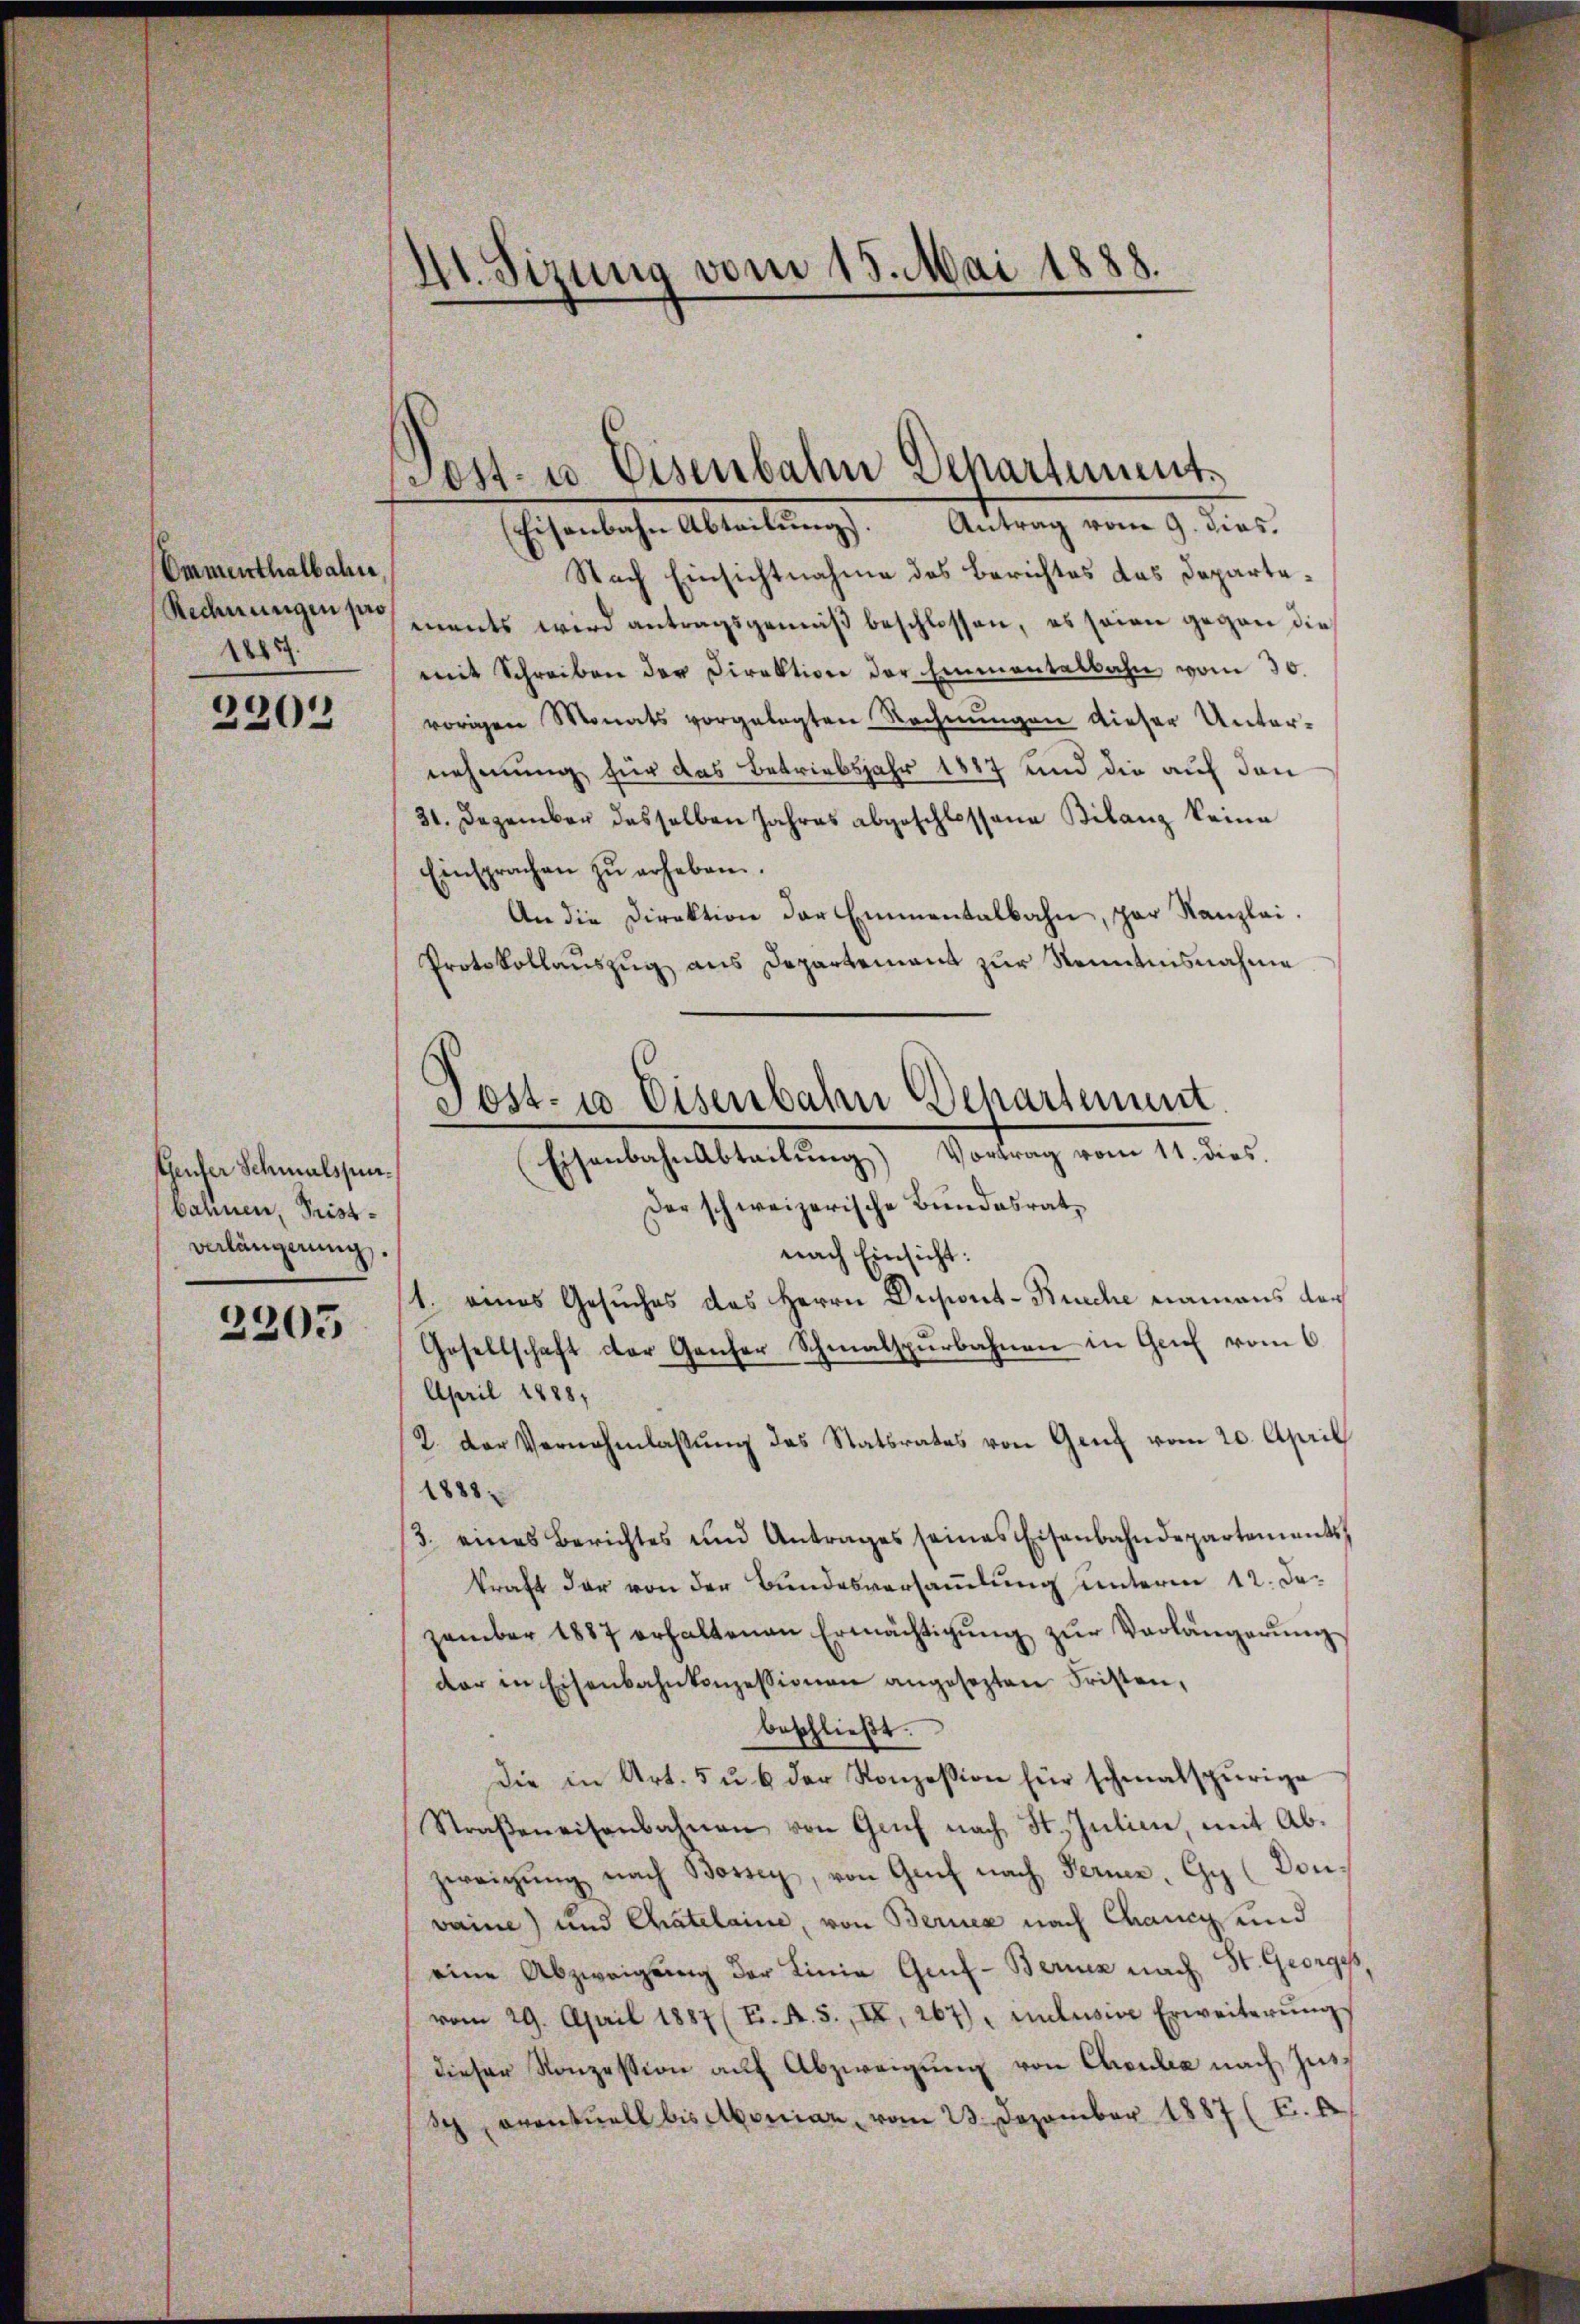
Ommenthalbahne,
Rechnungen pro
1885.

2202

teuser Schmalspur-
bahnen, Pristverlängerung.

2205

Ht. Sizung vom 15. Mai 1888.

Eisenbahn Abteilŭng. Antrag vom 9. dies.
Nach Einsichtnahme des Berichtes das Departements wird antragsgemäß beschlossen, es seien gegen die
mit Schreiben der Direktion der Emmentalbahn vom 30.
vorigen Monats vorgelegten Rechnŭngen dieser Unter-
nehmung für das Betriebsjahr 1887 und die auf den
31. Dezember desselben Jahres abgeschlossene Bilanz keine
Einsprachen zŭ erheben.
An die Direktion der Emmentalbahn, par Kanzlei.
Protokollauszug aus Departement zur Kenntnisnahme
Eisenbahnabteilŭng Vortrag vom 11. dies
Der schweizerische Bundesratnach Einsicht:
1. eines Gesuches des Herrn Dupont-Buche namens dach
Gesellschaft der Ganzer Schmalspurbahnen in Genf vom 6.
April 1888,
2. Der Vernehmlassŭng des Statsrates von Genf vom 20. April
1888.
3. eines Berichtes und Antrages seines Eisenbahndepartements,
kraft der von der Bundesversammlung unterm 12. Dezember 1887 erhaltenen Ermächtigŭng zŭr Verlängerŭng
dar in Eisenbahnkonzessionen angesezten Fristen,
beschlieβt.
Die in Art. 5 u. 6 der Konzession für schmalspurige
Straβeneisenbahnen von Genf nach St. Julien, mit Ab-
zereigŭng nach Bossey, von Genf nach Ferie, Gy (Donvaine) und Chatelaine, von Berner nach Chancy und
eine Abzweigung der Linie Genf - Berner nach St. Georges
vom 29. April 1887 (F. A. S., II, 267), unlusive Erweiterŭngs
dieser Konzession auf Abzweigung von Chrudia nach Zus¬
Sch eventuell bis Aboniar, vom 23. Dezember 1887 (F.

Post- u. Eisenbahn Departement¬

(
Post- u Eisenbahn Departement.